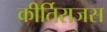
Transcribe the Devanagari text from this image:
कीर्तिराजस